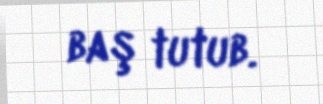
baş tutub.